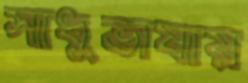
সাধুভাষায়